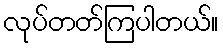
လုပ်တတ်ကြပါတယ်။